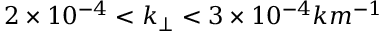
2 \times 1 0 ^ { - 4 } < k _ { \perp } < 3 \times 1 0 ^ { - 4 } k m ^ { - 1 }